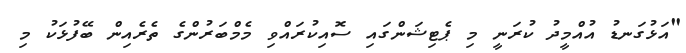
"އަޅުގަނޑު އުއްމީދު ކުރަނީ މި ޕެޓިޝަންގައި ސޮއިކުރައްވި މެމްބަރުންގެ ތެރެއިން ބޭފުޅަކު މި